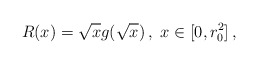
\begin{align*}R(x) =\sqrt{x}g(\sqrt{x}) \,, \ x \in [0,r_0^2] \,,\end{align*}